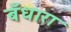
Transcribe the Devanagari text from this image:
बँधारा